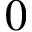
0